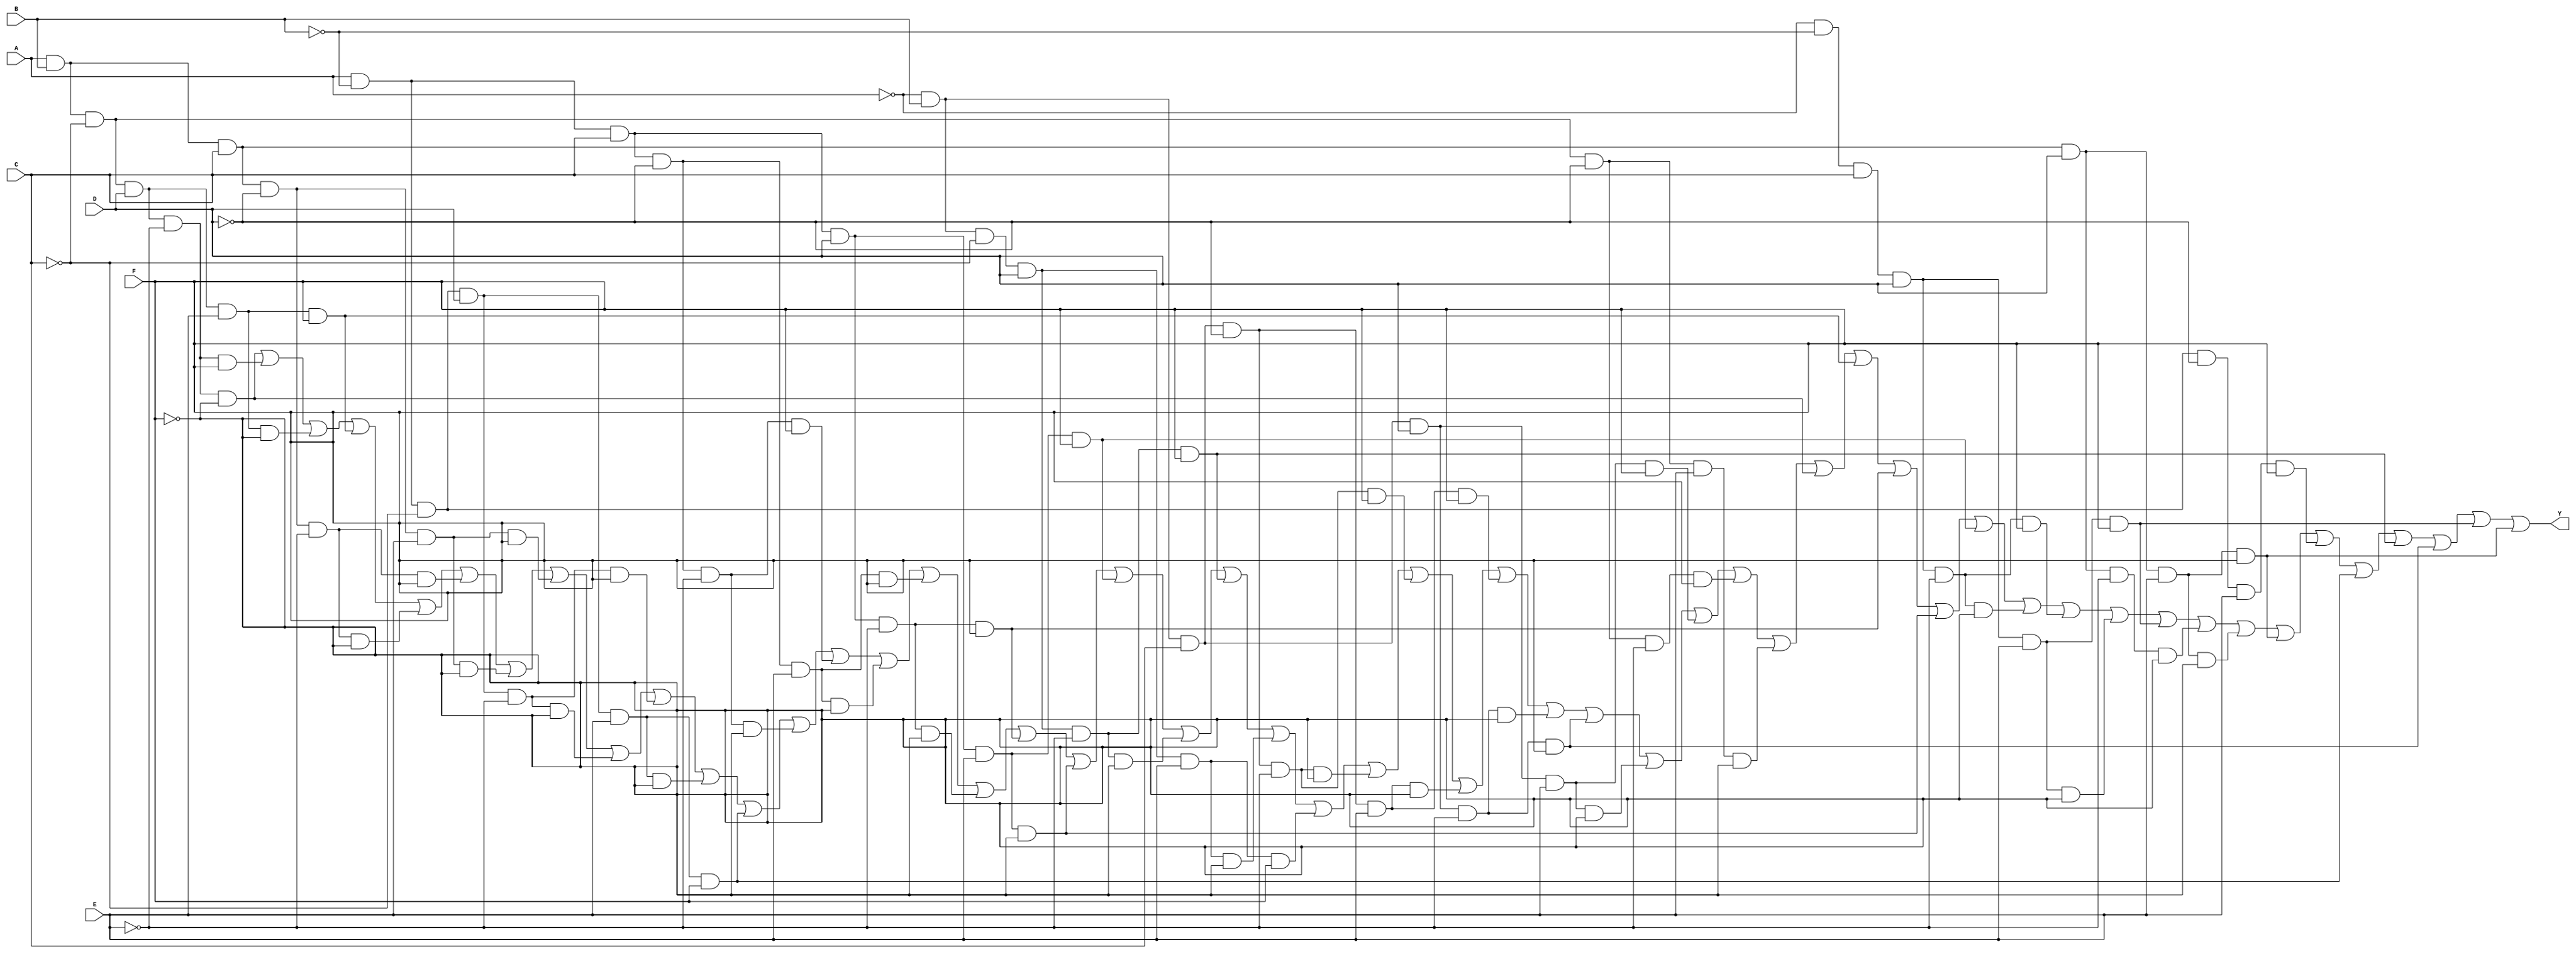
module kmap_6var (
    input wire A,   // Variable A
    input wire B,   // Variable B
    input wire C,   // Variable C
    input wire D,   // Variable D
    input wire E,   // Variable E
    input wire F,   // Variable F
    output wire Y   // Output Y
);

// K-map logic implementation
// The K-map has 64 cells (2^6 combinations of A, B, C, D, E, F).
// Here, we define the output Y based on the K-map population.
// You can modify the following logic according to your specific K-map.

assign Y = (A & B & ~C & D & ~E & ~F) |  // Cell 0
           (A & B & ~C & D & ~E & F)  |  // Cell 1
           (A & B & ~C & D & E & ~F)  |  // Cell 2
           (A & B & ~C & D & E & F)   |  // Cell 3
           (A & B & C & ~D & ~E & ~F) |  // Cell 4
           (A & B & C & ~D & ~E & F)  |  // Cell 5
           (A & B & C & ~D & E & ~F)  |  // Cell 6
           (A & B & C & ~D & E & F)   |  // Cell 7
           (A & ~B & ~C & D & ~E & ~F)|  // Cell 8
           (A & ~B & ~C & D & ~E & F) |  // Cell 9
           (A & ~B & ~C & D & E & ~F) |  // Cell 10
           (A & ~B & ~C & D & E & F)  |  // Cell 11
           (A & ~B & C & ~D & ~E & ~F)|  // Cell 12
           (A & ~B & C & ~D & ~E & F) |  // Cell 13
           (A & ~B & C & ~D & E & ~F) |  // Cell 14
           (A & ~B & C & ~D & E & F)  |  // Cell 15
           (A & ~B & C & D & ~E & ~F) |  // Cell 16
           (A & ~B & C & D & ~E & F)  |  // Cell 17
           (A & ~B & C & D & E & ~F)  |  // Cell 18
           (A & ~B & C & D & E & F)   |  // Cell 19
           (~A & B & ~C & D & ~E & ~F)|  // Cell 20
           (~A & B & ~C & D & ~E & F) |  // Cell 21
           (~A & B & ~C & D & E & ~F) |  // Cell 22
           (~A & B & ~C & D & E & F)  |  // Cell 23
           (~A & B & C & ~D & ~E & ~F)|  // Cell 24
           (~A & B & C & ~D & ~E & F) |  // Cell 25
           (~A & B & C & ~D & E & ~F) |  // Cell 26
           (~A & B & C & ~D & E & F)  |  // Cell 27
           (~A & B & C & D & ~E & ~F) |  // Cell 28
           (~A & B & C & D & ~E & F)  |  // Cell 29
           (~A & B & C & D & E & ~F)  |  // Cell 30
           (~A & B & C & D & E & F)   |  // Cell 31
           (A & B & ~C & ~D & ~E & F)  |  // Cell 32
           (A & B & ~C & ~D & E & ~F)  |  // Cell 33
           (A & B & ~C & D & ~E & ~F)  |  // Cell 34
           (A & B & ~C & D & E & F)    |  // Cell 35
           (A & ~B & C & D & ~E & F)   |  // Cell 36
           (A & ~B & C & D & E & ~F)   |  // Cell 37
           (A & ~B & C & D & E & F)    |  // Cell 38
           (~A & ~B & C & D & ~E & ~F) |  // Cell 39
           (~A & ~B & C & D & ~E & F)  |  // Cell 40
           (~A & ~B & C & D & E & ~F)  |  // Cell 41
           (~A & ~B & C & D & E & F)   |  // Cell 42
           (A & B & C & D & ~E & ~F)   |  // Cell 43
           (A & B & C & D & E & ~F)    |  // Cell 44
           (A & B & C & D & E & F)     |  // Cell 45
           (A & ~B & ~C & ~D & E & F)  |  // Cell 46
           (A & ~B & ~C & D & E & F)   |  // Cell 47
           (~A & B & ~C & D & ~E & F)  |  // Cell 48
           (~A & B & C & D & ~E & F)   |  // Cell 49
           (~A & ~B & C & D & E & F)   |  // Cell 50
           (A & B & C & D & E & F);      // Cell 51

endmodule